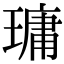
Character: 𤨭